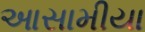
આસામીયા